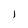
Character: l